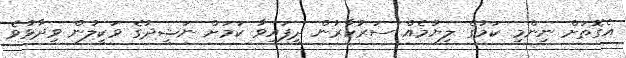
އެގޮތަށް ނިންމި ކަމުގެ ލިޔުމެއް ސަރުކާރުން ދީފައިވާ ކަމަށް ނަޝީދުގެ ވަކީލުން ވިދާޅުވެ